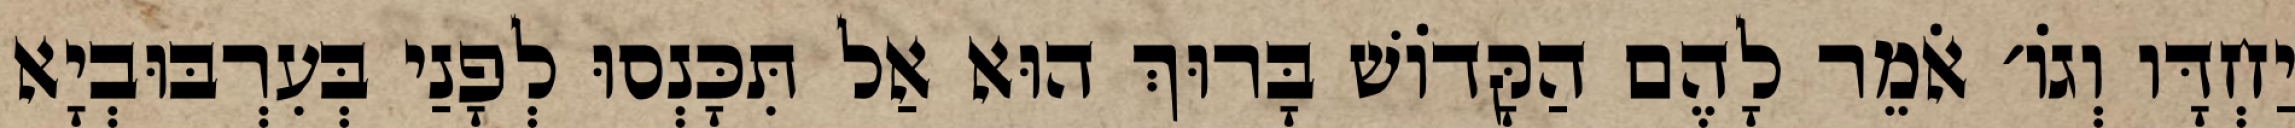
יַחְדָּו וְגוֹ׳ אֹמֵר לָהֶם הַקָּדוֹשׁ בָּרוּךְ הוּא אַל תִּכָּנְסוּ לְפָנַי בְּעִרְבּוּבְיָא